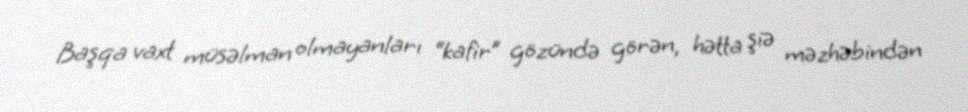
Başqa vaxt müsəlman olmayanları “kafir” gözündə görən, hətta şiə məzhəbindən